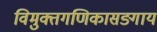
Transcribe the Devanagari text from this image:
विमुक्तगणिकासङ्गाय